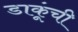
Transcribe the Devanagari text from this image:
डाकूंची